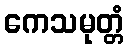
ကေသမုတ္တံ